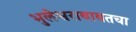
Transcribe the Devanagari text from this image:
भुलेश्वराबाबतचा